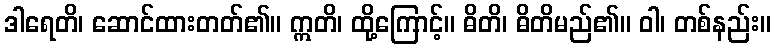
ဒါရေတိ၊ ဆောင်ထားတတ်၏။ ဣတိ၊ ထို့ကြောင့်။ ဓိတိ၊ ဓိတိမည်၏။ ဝါ၊ တစ်နည်း။